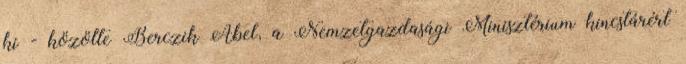
ki - közölte Berczik Ábel, a Nemzetgazdasági Minisztérium kincstárért